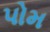
પોમ